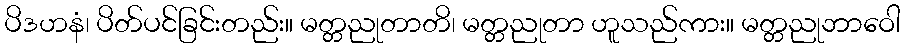
ပိဒဟနံ၊ ပိတ်ပင်ခြင်းတည်း။ မတ္တညုတာတိ၊ မတ္တညုတာ ဟူသည်ကား။ မတ္တညုဘာဝေါ